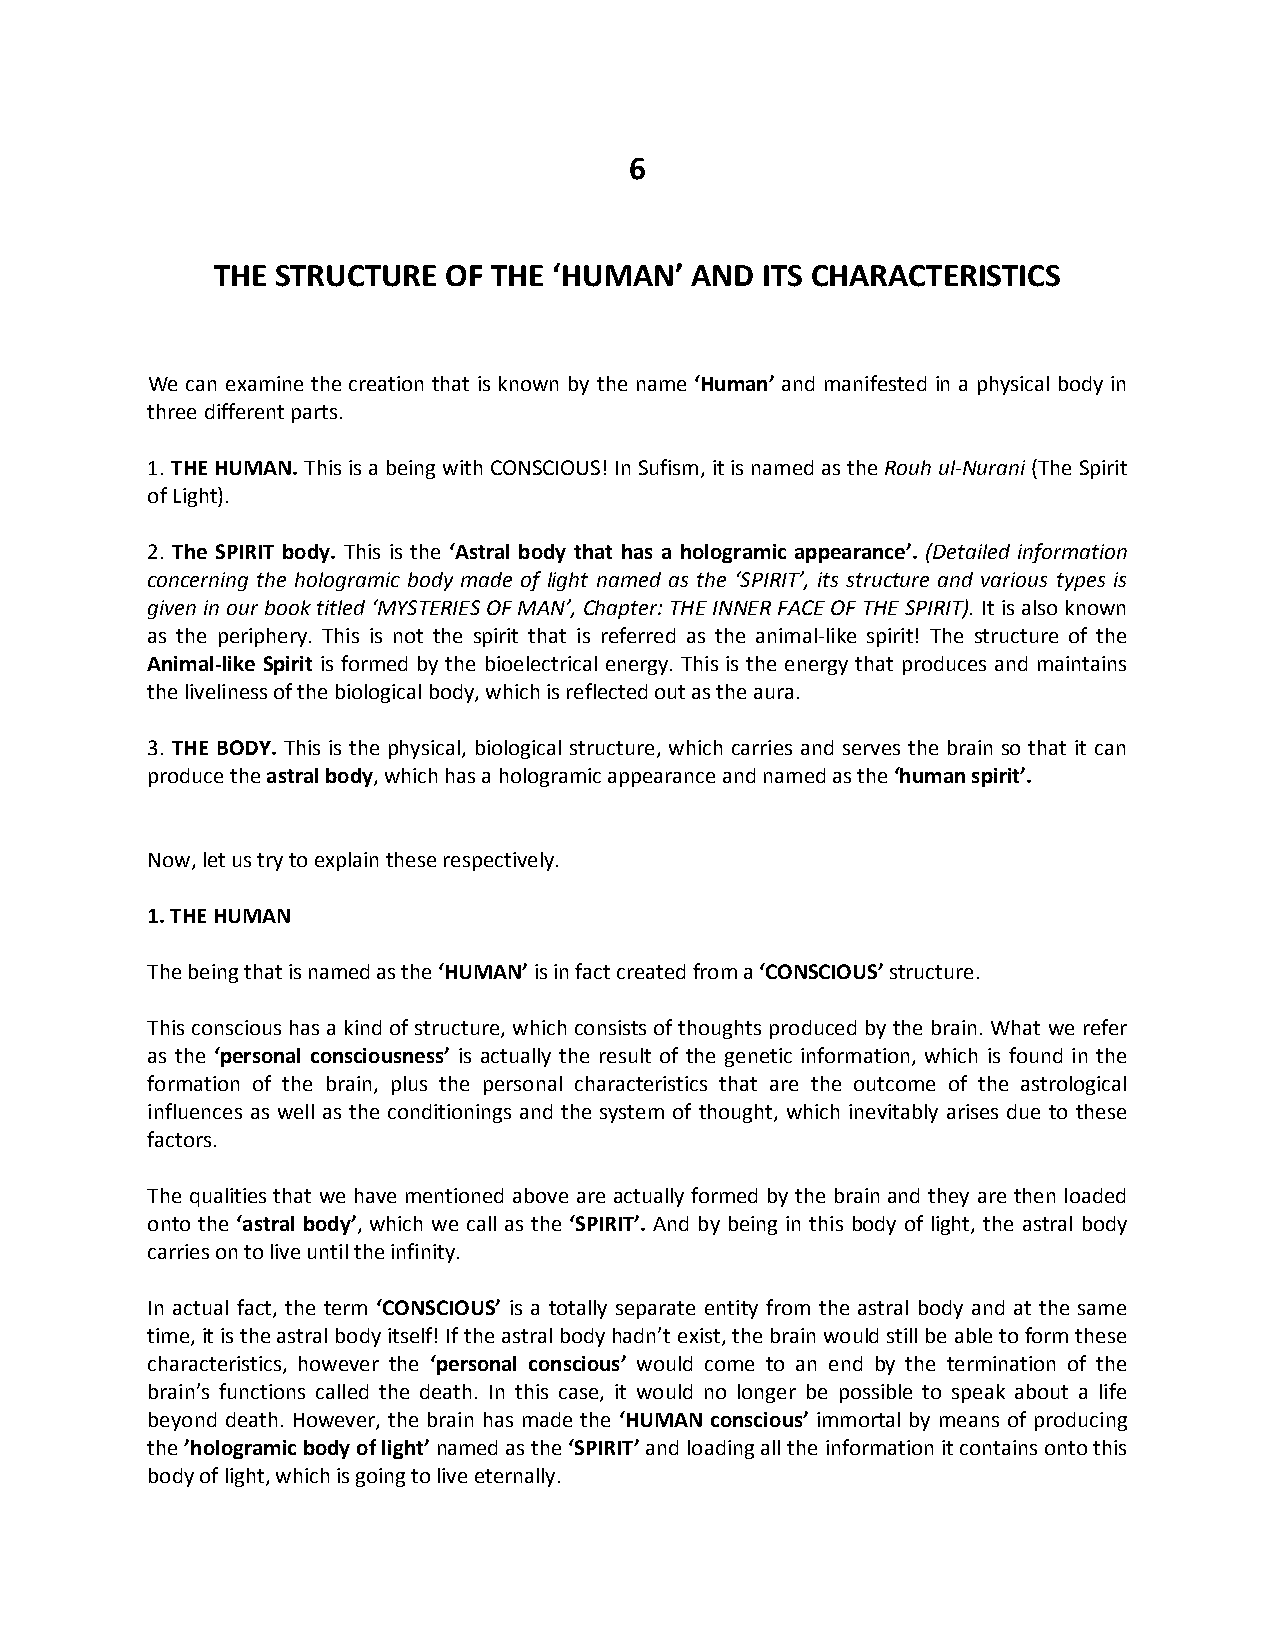
6
 THE STRUCTURE   OF THE ‘HUMAN’  AND ITS CHARACTERISTICS
 We can examine the creation that is known by the name ‘Human’ and manifested in a physical body in
 three different parts.
 1. THE HUMAN. This is a being with CONSCIOUS! In Sufism, it is named as the Rouh ul-Nurani (The Spirit
 of Light).
 2. The SPIRIT body. This is the ‘Astral body that has a hologramic appearance’. (Detailed information
 concerning the hologramic body made of light named as the ‘SPIRIT’, its structure and various types is
 given in our book titled ‘MYSTERIES OF MAN’, Chapter: THE INNER FACE OF THE SPIRIT). It is also known
 as the periphery. This is not the spirit that is referred as the animal-like spirit! The structure of the
 Animal-like Spirit is formed by the bioelectrical energy. This is the energy that produces and maintains
 the liveliness of the biological body, which is reflected out as the aura.
 3. THE BODY. This is the physical, biological structure, which carries and serves the brain so that it can
 produce the astral body, which has a hologramic appearance and named as the ‘human spirit’.
 Now, let us try to explain these respectively.
 1. THE HUMAN
 The being that is named as the ‘HUMAN’ is in fact created from a ‘CONSCIOUS’ structure.
 This conscious has a kind of structure, which consists of thoughts produced by the brain. What we refer
 as the ‘personal consciousness’ is actually the result of the genetic information, which is found in the
 formation of the brain, plus the personal characteristics that are the outcome of the astrological
 influences as well as the conditionings and the system of thought, which inevitably arises due to these
 factors.
 The qualities that we have mentioned above are actually formed by the brain and they are then loaded
 onto the ‘astral body’, which we call as the ‘SPIRIT’. And by being in this body of light, the astral body
 carries on to live until the infinity.
 In actual fact, the term ‘CONSCIOUS’ is a totally separate entity from the astral body and at the same
 time, it is the astral body itself! If the astral body hadn’t exist, the brain would still be able to form these
 characteristics, however the ‘personal conscious’ would come to an end by the termination of the
 brain’s functions called the death. In this case, it would no longer be possible to speak about a life
 beyond death. However, the brain has made the ‘HUMAN conscious’ immortal by means of producing
 the ’hologramic body of light’ named as the ‘SPIRIT’ and loading all the information it contains onto this
 body of light, which is going to live eternally.